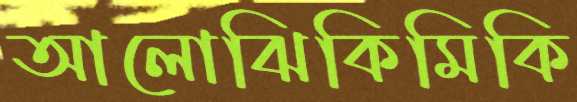
আলোঝিকিমিকি